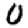
Digit: 0